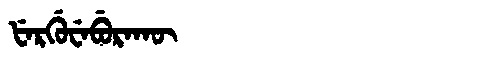
Manchu: ᡶᡝᡵᡤᡠᠸᡝᠪᡠᡵᠠᡴᡡ
Romanization: FERGUWEBURAKŪ